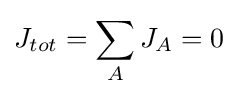
J_{tot}=\sum _{A}J_{A}=0